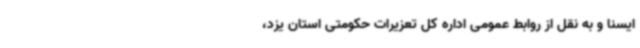
ایسنا و به نقل از روابط عمومی اداره کل تعزیرات حکومتی استان یزد،